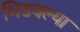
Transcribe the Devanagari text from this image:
भिडवल्या